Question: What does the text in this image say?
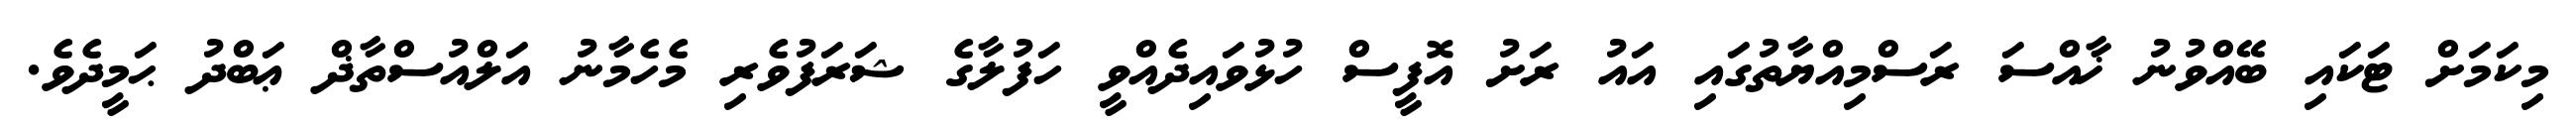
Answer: މިކަމަށް ޓަކައި ބޭއްވުނު ޚާއްސަ ރަސްމިއްޔާތުގައި އައު ރަށު އޮފީސް ހުޅުވައިދެއްވީ ހަފުލާގެ ޝަރަފުވެރި މެހެމާނު އަލްއުސްތާޛް ޢަބްދު ޙަމީދެވެ.